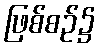
ဖြစ်စဉ်၌